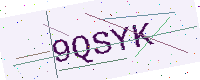
Text: 9QSYK